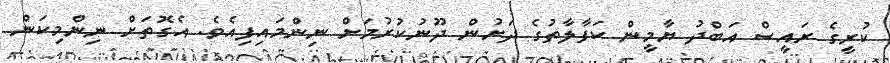
ކުރީގެ ރައީސް އަބްދު ޔާމީން ކަފާލާތުގެ ދަށުން ދޫނުކުރުމަށް ނިންމައިފިއެވެ. އެގޮތަށް ނިންމިކަން